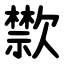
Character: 㱈